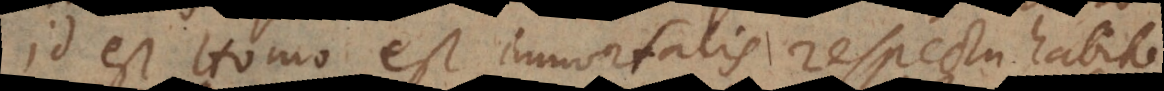
Id est Homo est immortalis respectu habito